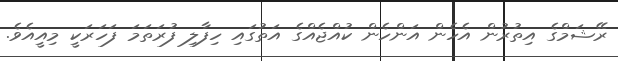
ރޭޝަމްގެ އިތުރުން އެހެން އަންހެން ކުއްޖެއްގެ އަތުގައި ހިފާލި ފުރަތަމަ ފަހަރަކީ މިއީއެވެ.